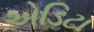
એડિટા